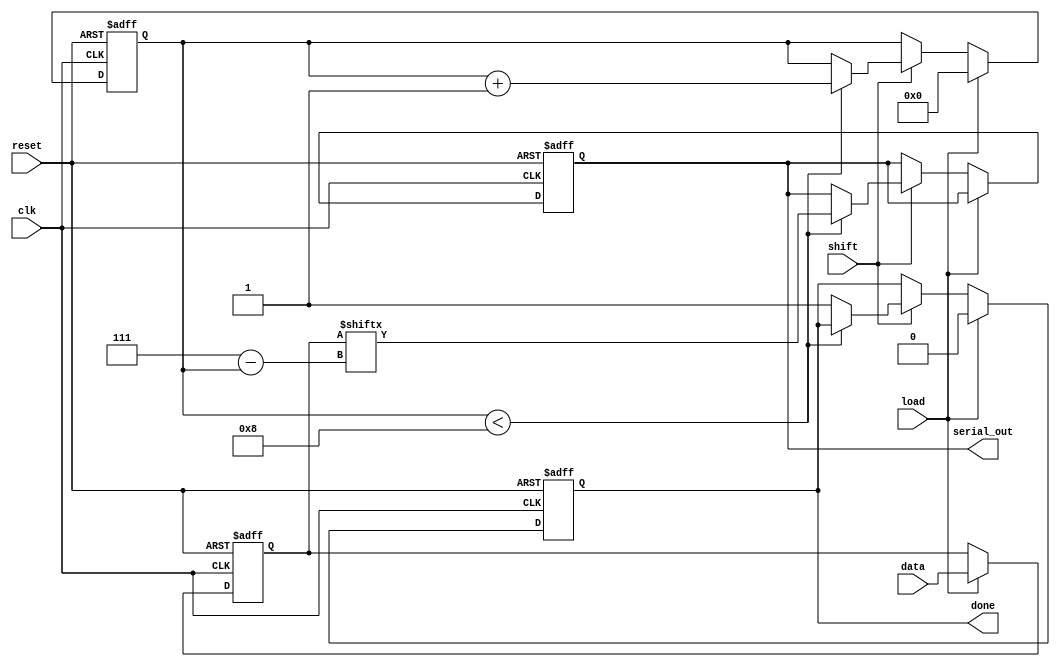
module piso_register #(
    parameter N = 8,         // Configurable width of the register
    parameter MSB_FIRST = 1  // 1 for MSB first, 0 for LSB first
)(
    input wire clk,          // Clock signal
    input wire reset,        // Asynchronous reset
    input wire load,         // Load signal
    input wire shift,        // Shift signal
    input wire [N-1:0] data, // Parallel input data
    output reg serial_out,   // Serial output
    output reg done          // Indicates when shifting is complete
);

    reg [N-1:0] register;    // Internal storage for parallel data
    reg [3:0] count;         // Shift counter

    // Asynchronous reset
    always @(posedge clk or posedge reset) begin
        if (reset) begin
            register <= {N{1'b0}};
            count <= 0;
            serial_out <= 0;
            done <= 0;
        end else begin
            if (load) begin
                // Load the data into the register
                register <= data;
                count <= 0;     // Reset the counter when loading
                done <= 0;      // Not done shifting yet
            end else if (shift) begin
                if (count < N) begin
                    // Shift out data based on MSB_FIRST or LSB_FIRST
                    serial_out <= MSB_FIRST ? register[N-1-count] : register[count];
                    count <= count + 1; // Increment the shift counter
                end else begin
                    done <= 1; // Indicate shifting is complete
                end
            end
        end
    end

endmodule